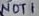
Text: NOT1